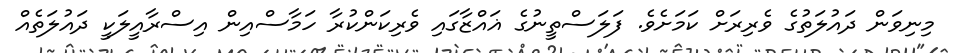
މިނިވަން ދައުލަތުގެ ވެރިރަށް ކަމަށެވެ. ފަލަސްތީނުގެ ޣައްޒާގައި ވެރިކަންކުރާ ހަމާސްއިން އިސްރާއީލަކީ ދައުލަތެއް